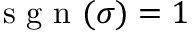
\textrm { s g n } ( \sigma ) = 1